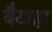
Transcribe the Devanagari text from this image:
वैटाहा